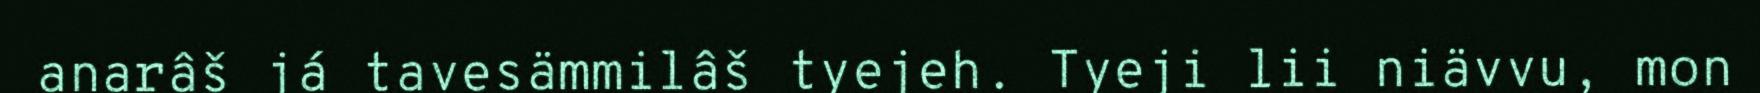
anarâš já tavesämmilâš tyejeh. Tyeji lii niävvu, mon